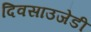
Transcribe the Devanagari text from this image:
दिवसाउजेडी